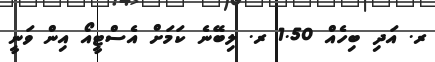
ރ. އަދި ބިހެއް 1.50 ރ. ލިބޭނެ ކަމަށް އެސްޓީއޯ އިން ވަނީ